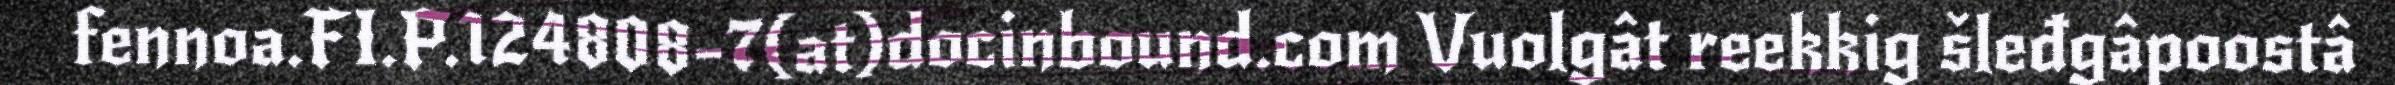
fennoa.FI.P.124808-7(at)docinbound.com Vuolgât reekkig šleđgâpoostâ